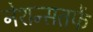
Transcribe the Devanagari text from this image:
नेशन्सतर्फे